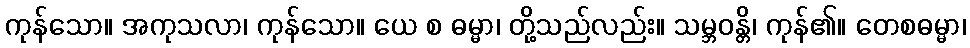
ကုန်သော။ အကုသလာ၊ ကုန်သော။ ယေ စ ဓမ္မာ၊ တို့သည်လည်း။ သမ္ဘဝန္တိ၊ ကုန်၏။ တေစဓမ္မာ၊